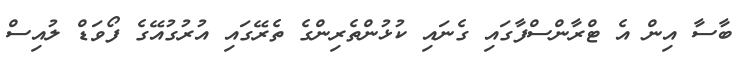
ބާސާ އިން އެ ޓްރާންސްފާގައި ގެނައި ކުޅުންތެރިންގެ ތެރޭގައި އުރުގުއޭގެ ފޯވަޑް ލުއިސް